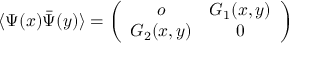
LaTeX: \langle \Psi ( x ) \bar { \Psi } ( y ) \rangle = \left( \begin{array} { c c } { { o } } & { { G _ { 1 } ( x , y ) \nonumber } } \\ { { G _ { 2 } ( x , y ) } } & { { 0 } } \end{array} \right)